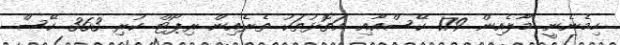
ހިމެނެނީ މާލެއިން 179 ކޭސްއާއި އަތޮޅުތަކު ތެރެއިން ރިޕޯޓް ކުރި 363 ކޭސް